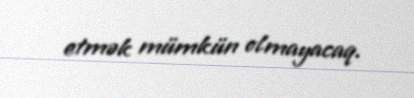
etmək mümkün olmayacaq.